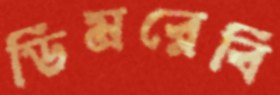
ডিমব্লেবি